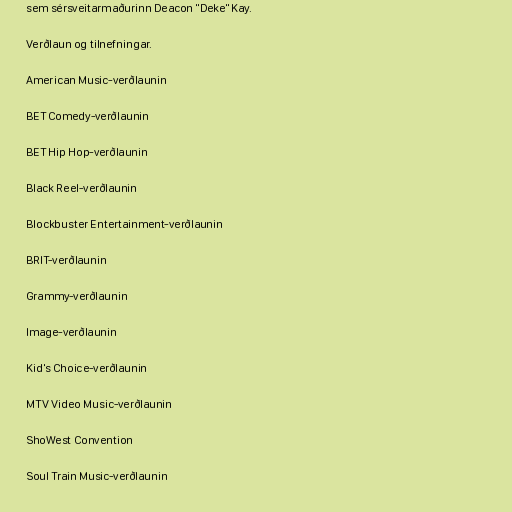
sem sérsveitarmaðurinn Deacon "Deke" Kay.

Verðlaun og tilnefningar.

American Music-verðlaunin

BET Comedy-verðlaunin

BET Hip Hop-verðlaunin

Black Reel-verðlaunin

Blockbuster Entertainment-verðlaunin

BRIT-verðlaunin

Grammy-verðlaunin

Image-verðlaunin

Kid's Choice-verðlaunin

MTV Video Music-verðlaunin

ShoWest Convention

Soul Train Music-verðlaunin